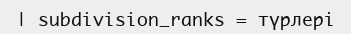
| subdivision_ranks = түрлері